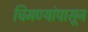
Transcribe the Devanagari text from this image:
चिमण्यांपासून